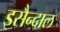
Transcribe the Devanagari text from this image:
इसैन्दाल